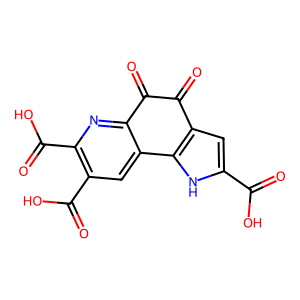
SMILES: O=C(O)c1cc2c([nH]1)-c1cc(C(=O)O)c(C(=O)O)nc1C(=O)C2=O
Inhibits HIV replication: No